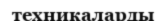
техникаларды